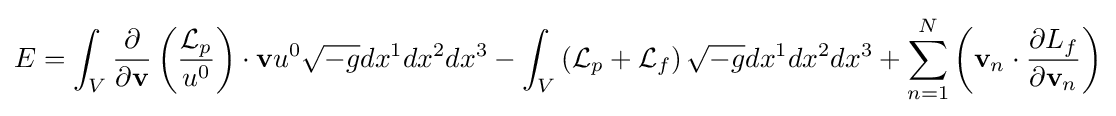
E=\int _{V}{\frac {\partial }{\partial \mathbf {v} }}\left({\frac {{\mathcal {L}}_{p}}{u^{0}}}\right)\cdot \mathbf {v} u^{0}{\sqrt {-g}}dx^{1}dx^{2}dx^{3}-\int _{V}\left({\mathcal {L}}_{p}+{\mathcal {L}}_{f}\right){\sqrt {-g}}dx^{1}dx^{2}dx^{3}+\sum _{n=1}^{N}\left(\mathbf {v} _{n}\cdot {\frac {\partial L_{f}}{\partial \mathbf {v} _{n}}}\right)